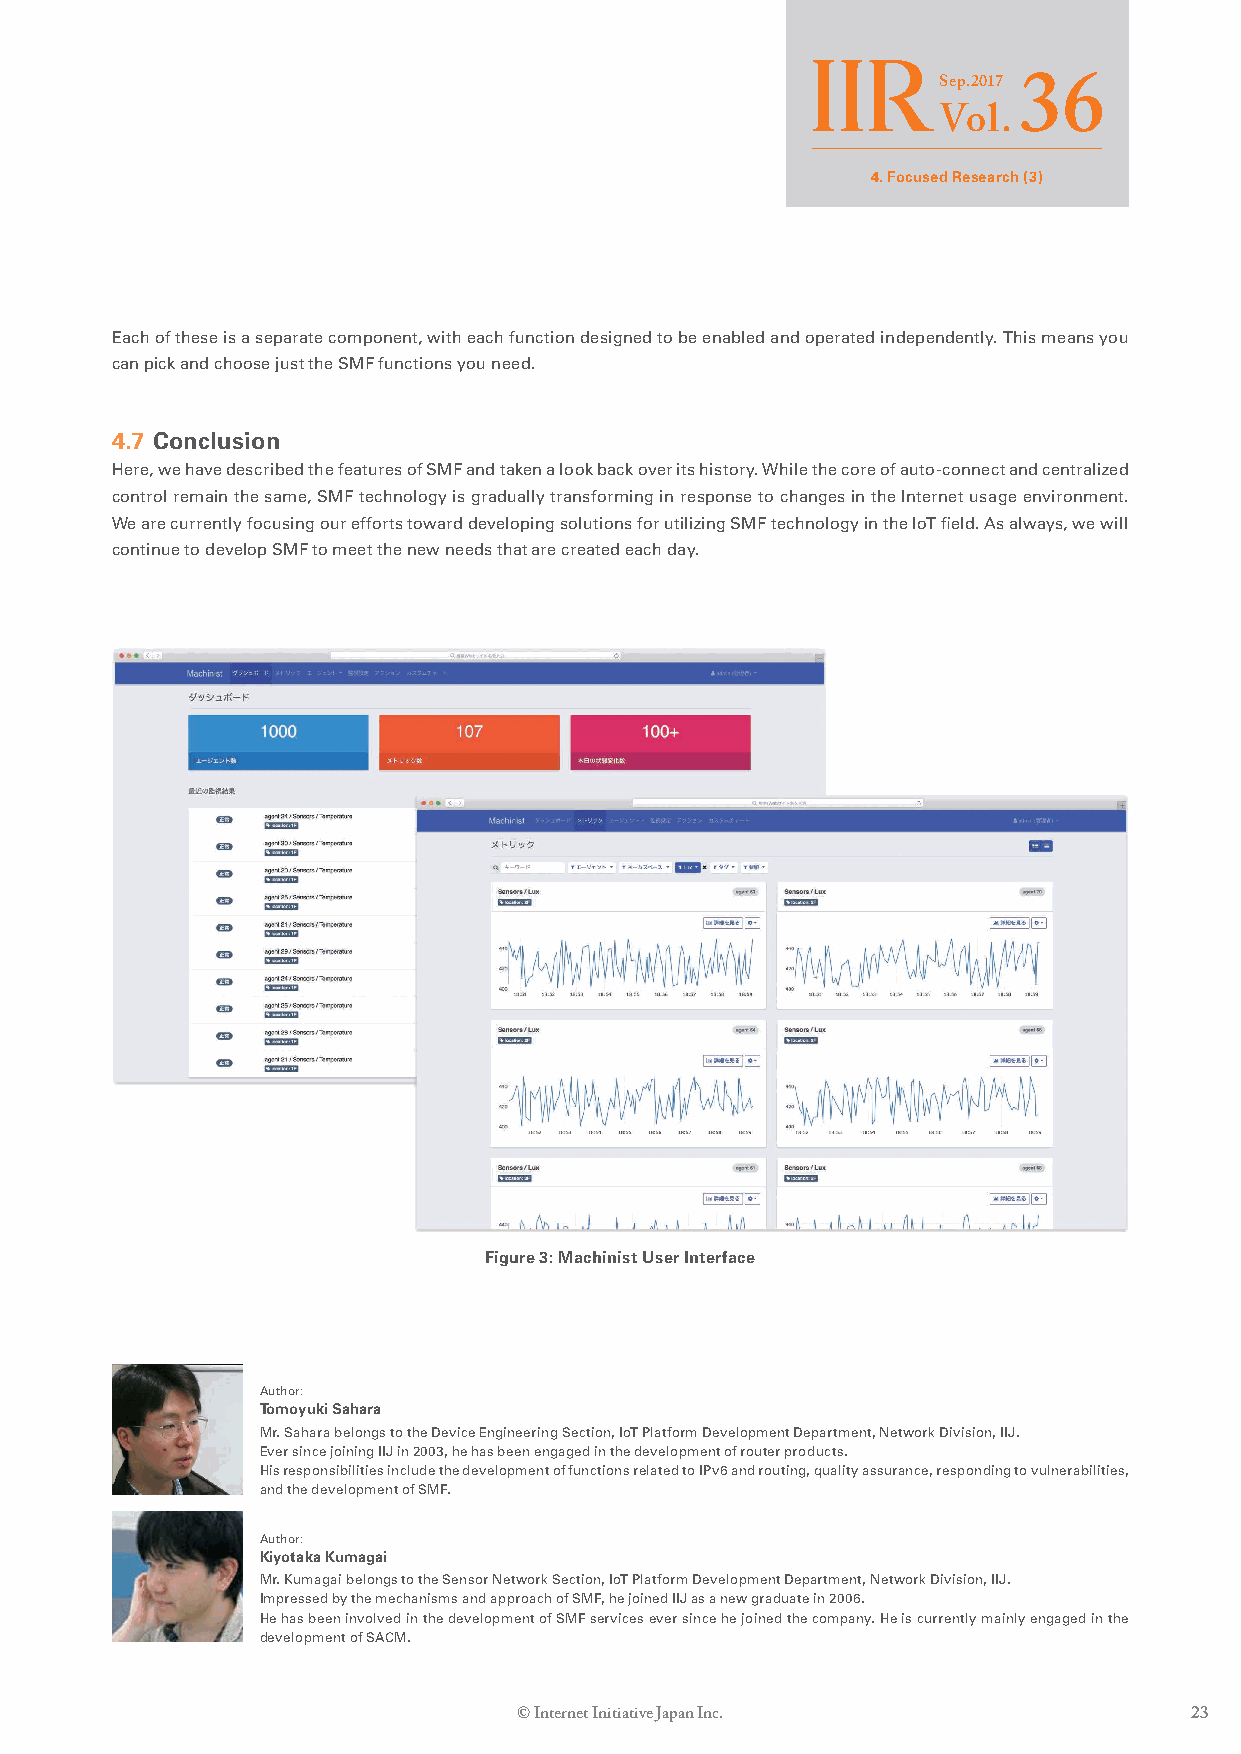
Sep.2017
 36
 Vol.
 4. Focused Research (3)
 Each of these is a separate component, with each function designed to be enabled and operated independently. This means you
 can pick and choose just the SMF functions you need.
 4.7 Conclusion
 Here, we have described the features of SMF and taken a look back over its history. While the core of auto-connect and centralized
 control remain the same, SMF technology is gradually transforming in response to changes in the Internet usage environment.
 We are currently focusing our efforts toward developing solutions for utilizing SMF technology in the IoT field. As always, we will
 continue to develop SMF to meet the new needs that are created each day.
 Figure 3: Machinist User Interface
 Author:
 Tomoyuki Sahara
 Mr. Sahara belongs to the Device Engineering Section, IoT Platform Development Department, Network Division, IIJ.
 Ever since joining IIJ in 2003, he has been engaged in the development of router products.
 His responsibilities include the development of functions related to IPv6 and routing, quality assurance, responding to vulnerabilities,
 and the development of SMF.
 Author:
 Kiyotaka Kumagai
 Mr. Kumagai belongs to the Sensor Network Section, IoT Platform Development Department, Network Division, IIJ.
 Impressed by the mechanisms and approach of SMF, he joined IIJ as a new graduate in 2006.
 He has been involved in the development of SMF services ever since he joined the company. He is currently mainly engaged in the
 development of SACM.
 © Internet Initiative Japan Inc.             23